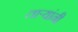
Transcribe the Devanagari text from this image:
ताऱ्यांनी